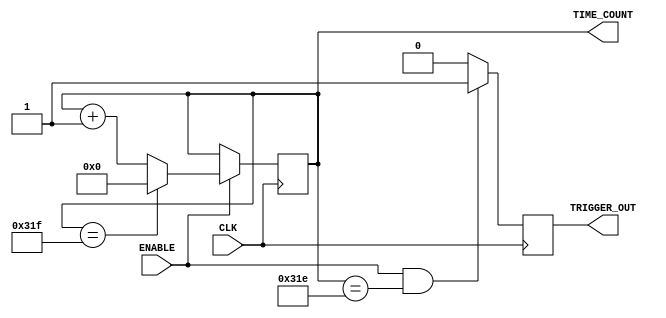
module Counter(
	CLK, 								//clock signal
	ENABLE,							//trigger input
	TRIGGER_OUT,					//trigger output
	TIME_COUNT						//counts synch time
    );
	
	parameter MaxValue  = 799;	//parameters for the max value
	parameter Size = 10;			//and the size required for that value
	parameter InitialValue = MaxValue;
	
	input CLK;						//define as input
	input ENABLE;					//the same
	output reg TRIGGER_OUT;		//output and register
	output reg [Size - 1: 0] TIME_COUNT;	//bit array for holding bigger values & output & register
	
	initial begin					//initial values for simulation purpose
		TRIGGER_OUT = 0;
		TIME_COUNT = InitialValue;
	end
	
	always@(posedge CLK) begin
		if (ENABLE) begin							//if enabled counting
			if (TIME_COUNT == MaxValue)		//if max value reached -> reset
				TIME_COUNT <= 0;
			else
				TIME_COUNT <= TIME_COUNT + 1;	//else add one
		end
	end

	always @(posedge CLK) begin//-1
		if (ENABLE && (TIME_COUNT == MaxValue-1)) 	//if enabled counting & max value reached
			TRIGGER_OUT <= 1;	
		else													//then trigger out a pulse for one clock cycle
			TRIGGER_OUT <= 0;								//else don trigger pulse
	end
endmodule